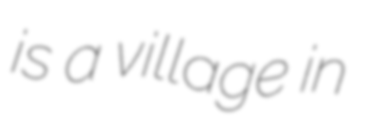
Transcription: is a village in